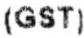
(GST)